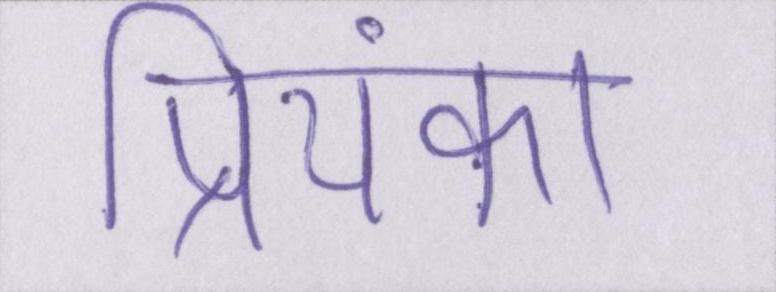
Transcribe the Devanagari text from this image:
प्रियंका